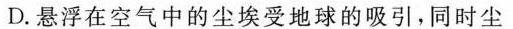
D.悬浮在空气中的尘埃受地球的吸引，同时尘埃